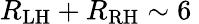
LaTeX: R_{\mathrm{LH}}+R_{\mathrm{RH}}\sim 6\